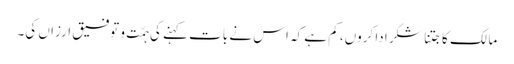
مالک کا جتنا شکر ادا کروں، کم ہے کہ اس نے بات کہنے کی ہمّت و توفیق ارزاں کی۔